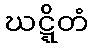
ဃဋ္ဋိတံ